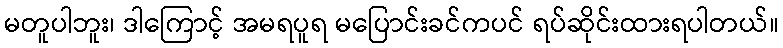
မတူပါဘူး၊ ဒါကြောင့် အမရပူရ မပြောင်းခင်ကပင် ရပ်ဆိုင်းထားရပါတယ်။